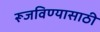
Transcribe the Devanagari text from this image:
रूजविण्यासाठी